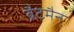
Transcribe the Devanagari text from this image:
ब्रैटमैन